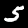
Label: 5